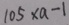
1 0 5 \times a - 1